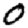
Digit: 0